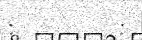
:         :